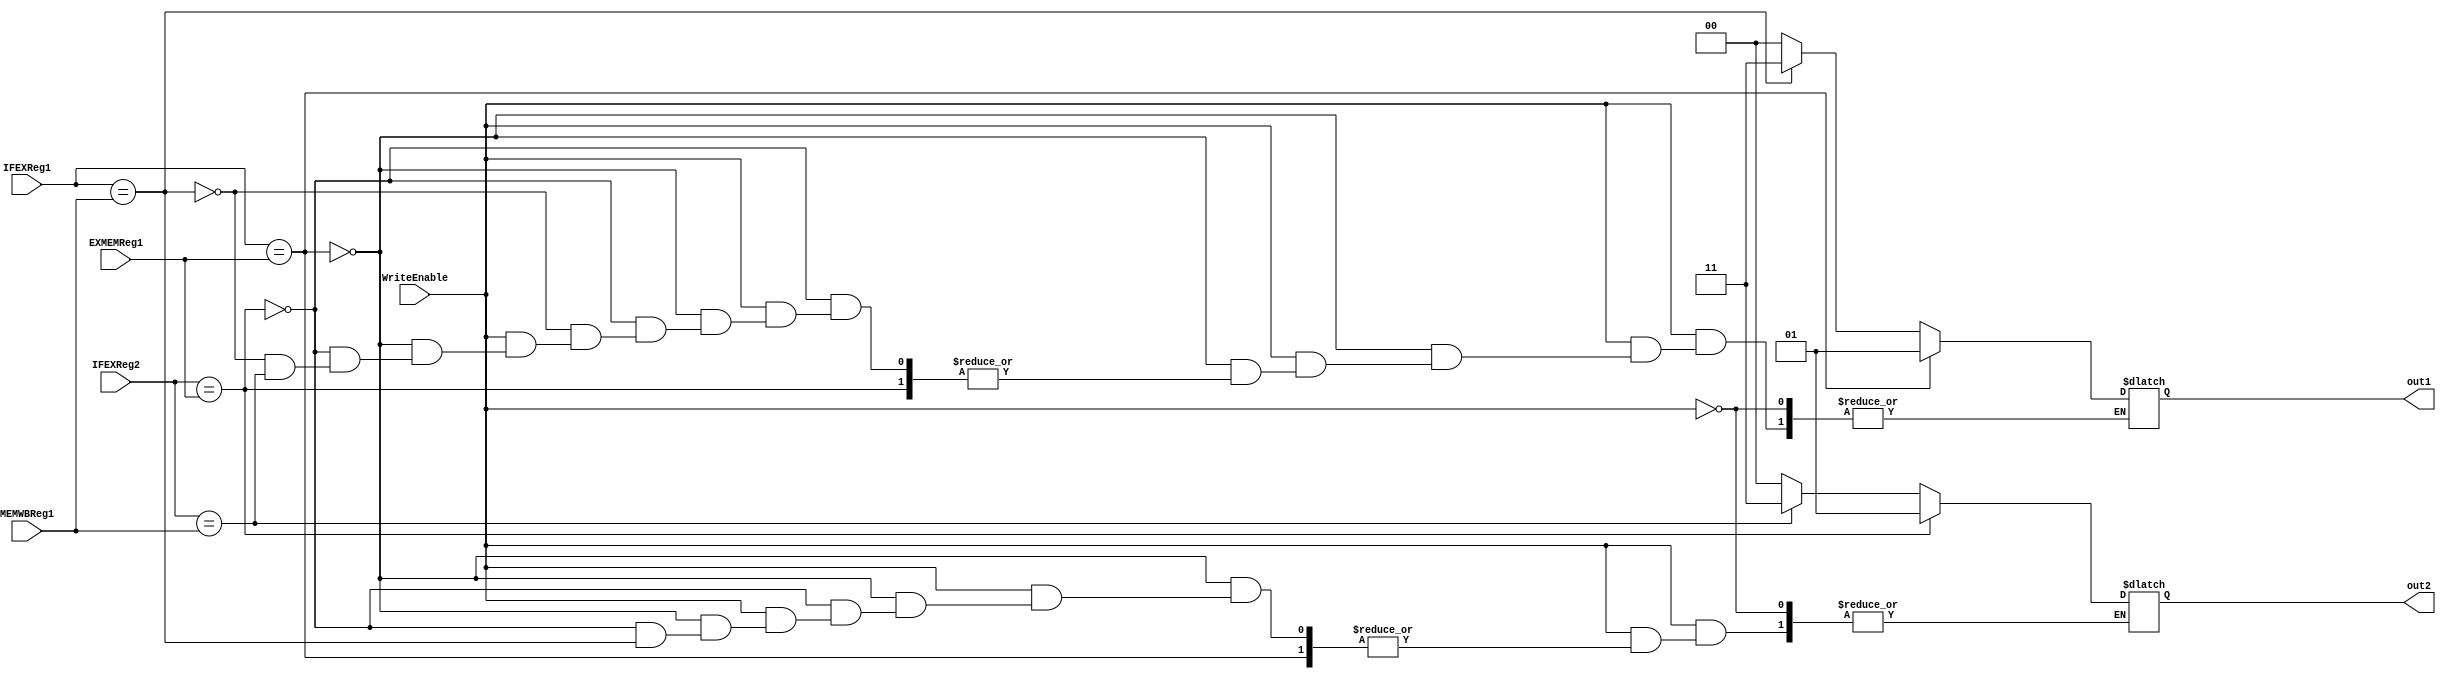
//Two to One Multiplexer

module ForwardingUnit(IFEXReg1, IFEXReg2, EXMEMReg1, MEMWBReg1, WriteEnable, out1, out2); 

input [3:0] IFEXReg1, IFEXReg2, EXMEMReg1, MEMWBReg1; 
input WriteEnable;
output reg [1:0] out1, out2; 

// used in procedural statement 
always @ (*) 
	if (WriteEnable) begin
		if (IFEXReg1 == EXMEMReg1) 	//MEM Stage contains ALUOperand
			out1 = 2'b01;	//top mux
		else if (IFEXReg2 == EXMEMReg1)
			out2 = 2'b01;	//bottom mux	
		else if (IFEXReg1 == MEMWBReg1) 	//MEM Stage contains ALUOperand
			out1 = 2'b11;	//top mux
		else if (IFEXReg2 == MEMWBReg1)
			out2 = 2'b11;	//bottom mux
		else begin							//lets default to the top selector
			out1 = 2'b00;	//top mux
			out2 = 2'b00;	//bottom mux
		end
	end
endmodule